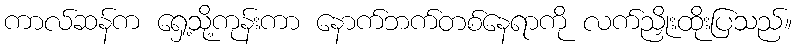
ကာလ်ဆန်က ရှေ့သို့ကုန်းကာ နောက်ဘက်တစ်နေရာကို လက်ညှိုးထိုးပြသည်။